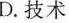
D.技术